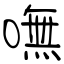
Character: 嘸